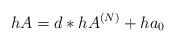
LaTeX: \begin{align*}hA= d\ast hA^{(N)} + ha_0 \end{align*}